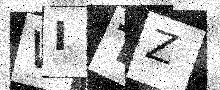
Text: WITZ